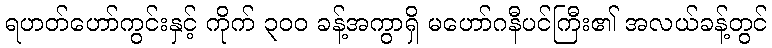
ရဟတ်ဟော်ကွင်းနှင့် ကိုက် ၃၀၀ ခန့်အကွာရှိ မဟော်ဂနီပင်ကြီး၏ အလယ်ခန့်တွင်